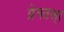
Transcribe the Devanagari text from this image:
प्रेनतल्।